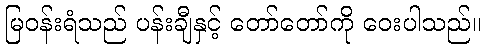
မြဝန်းရံသည် ပန်းချီနှင့် တော်တော်ကို ဝေးပါသည်။